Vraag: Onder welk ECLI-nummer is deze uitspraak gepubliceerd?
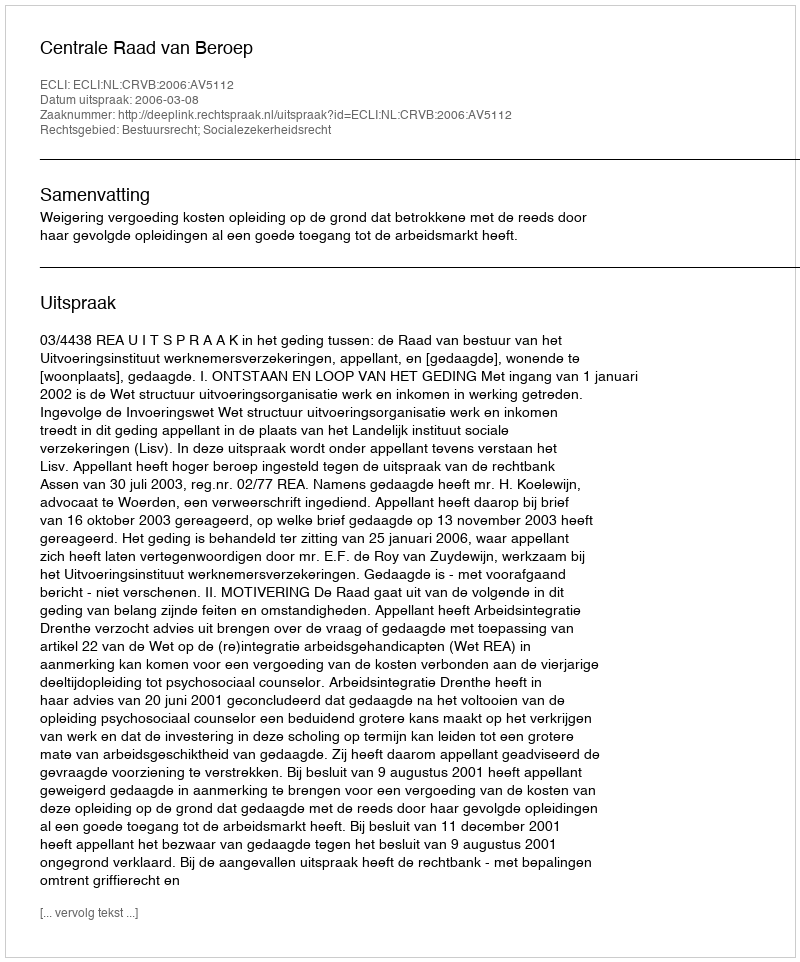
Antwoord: ECLI:NL:CRVB:2006:AV5112